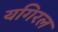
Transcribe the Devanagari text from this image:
यगिरल